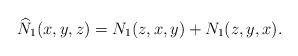
LaTeX: \begin{align*}\widehat N_1(x,y,z)=N_1(z,x,y)+N_1(z,y,x).\end{align*}